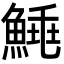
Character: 𩹣